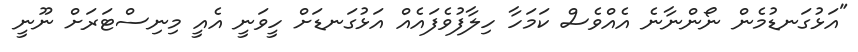
"އަޅުގަނޑުމެން ނޯންނާނެ އެއްވެސް ކަމަހާ ހިލާފުވެފައެއް އަޅުގަނޑަށް ހީވަނީ އެއީ މިނިސްޓަރަށް ނޫނީ